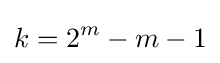
k=2^{m}-m-1